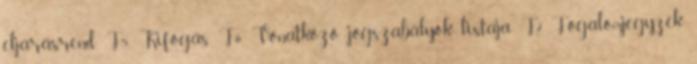
eljárásrend F5. Kifogás F6. Vonatkozó jogszabályok listája F7. Fogalomjegyzék